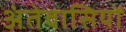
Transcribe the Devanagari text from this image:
अंतेवासियों